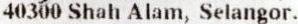
40300 SHAH ALAM, SELANGOR.